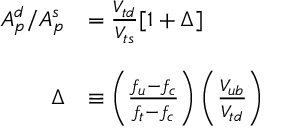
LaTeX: \begin{array} { r l } { { A _ { p } ^ { d } / A _ { p } ^ { s } } } & { { = \frac { V _ { t d } } { V _ { t s } } [ 1 + \Delta ] } } \\ { { \ } } & { { \ } } \\ { { \Delta } } & { { \equiv \left( \frac { f _ { u } - f _ { c } } { f _ { t } - f _ { c } } \right) \left( \frac { V _ { u b } } { V _ { t d } } \right) } } \end{array}